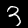
Digit: 3